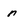
Character: n